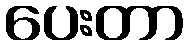
ပေးတာ